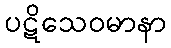
ပဋိသေဝမာနာ